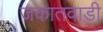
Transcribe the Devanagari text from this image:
जकातवाडी